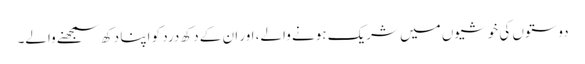
دوستوں کی خوشیوں میں شریک ہونے والے، اور ان کے دکھ درد کو اپنا دکھ سمجھنے والے۔